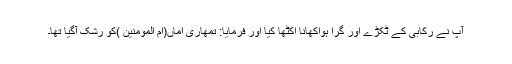
آپ نے رکابی کے ٹکڑے اور گرا ہواکھانا اکٹھا کیا اور فرمایا: تمھاری اماں(ام المومنین )کو رشک آگیا تھا۔